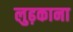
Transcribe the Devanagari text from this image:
लुढ़काना